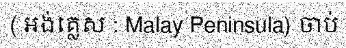
( អង់គ្លេស : Malay Peninsula) ចាប់